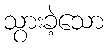
သွားခဲ့သော